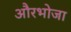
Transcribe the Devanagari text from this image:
औरभोजा